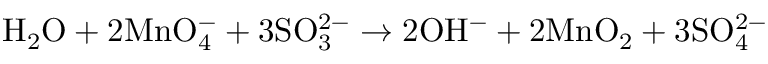
\mathrm { H _ { 2 } O } + 2 \mathrm { M n O _ { 4 } ^ { - } } + 3 \mathrm { S O _ { 3 } ^ { 2 - } } \rightarrow 2 \mathrm { O H ^ { - } } + 2 \mathrm { M n O _ { 2 } } + 3 \mathrm { S O _ { 4 } ^ { 2 - } }